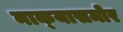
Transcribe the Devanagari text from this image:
नाक्‍यासमोर